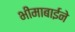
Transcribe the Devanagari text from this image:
भीमाबाईने